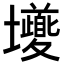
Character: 𭐎